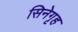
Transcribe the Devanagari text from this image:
सिनेगृह